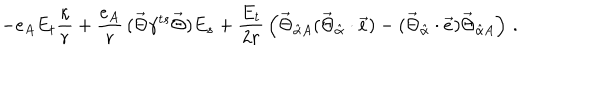
- e _ { A } E _ { t } \frac { \kappa } { r } + \frac { e _ { A } } { r } \, ( \vec { \Theta } \gamma ^ { t s } \vec { \Theta } ) E _ { s } + \frac { E _ { t } } { 2 r } \, \left( \vec { \Theta } _ { \hat { \alpha } A } ( \vec { \Theta } _ { \hat { \alpha } } \cdot \vec { e } ) - ( \vec { \Theta } _ { \hat { \alpha } } \cdot \vec { e } ) \vec { \Theta } _ { \hat { \alpha } A } \right) \, .